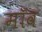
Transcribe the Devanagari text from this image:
मॉव